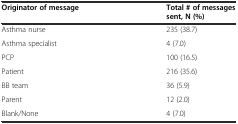
| Originator of message | Total # of messages sent, N (%) |
 | --- | --- |
 | Asthma nurse | 235 (38.7) |
 | Asthma specialist | 4 (7.0) |
 | PCP | 100 (16.5) |
 | Patient | 216 (35.6) |
 | BB team | 36 (5.9) |
 | Parent | 12 (2.0) |
 | Blank/None | 4 (7.0) |